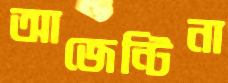
আজেন্টিনা